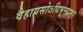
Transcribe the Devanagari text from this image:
वैहायसोऽधिभूम्याम्।